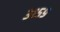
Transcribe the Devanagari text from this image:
३१५९